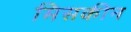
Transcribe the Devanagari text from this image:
मिसकीन